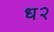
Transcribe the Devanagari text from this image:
ध२